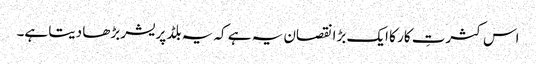
اس کثرتِ کار کا ایک بڑا نقصان یہ ہے کہ یہ بلڈ پریشر بڑھا دیتا ہے۔